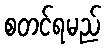
စတင်ရမည်